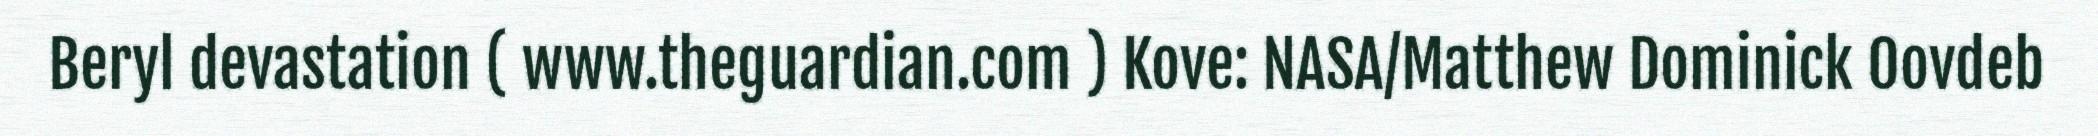
Beryl devastation ( www.theguardian.com ) Kove: NASA/Matthew Dominick Oovdeb